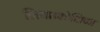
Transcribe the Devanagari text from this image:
लिया।कोशिका